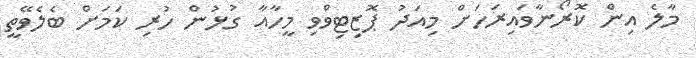
މާލެ އިން ކޮރޯނާވައިރަހަށް މިއަދު ޕޮޒިޓިވްވި މީހާއާ ގުޅުން ހުރި ކަމަށް ބެލެވޭތީ